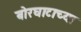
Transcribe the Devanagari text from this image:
बोरघाटाच्या